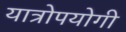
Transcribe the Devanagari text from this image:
यात्रोपयोगी